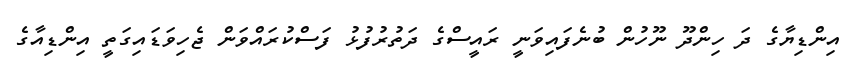
އިންޑިޔާގެ ދަ ހިންދޫ ނޫހުން ބުނެފައިވަނީ ރައީސްގެ ދަތުރުފުޅު ފަސްކުރައްވަން ޖެހިވަޑައިގަތީ އިންޑިއާގެ